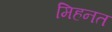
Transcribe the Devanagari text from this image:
मिहनत